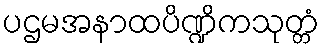
ပဌမအနာထပိဏ္ဍိကသုတ္တံ